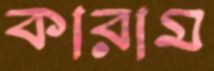
কারাম